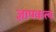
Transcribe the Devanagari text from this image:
ज्ञापकत्व